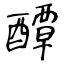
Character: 醰